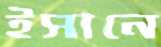
ইসানে